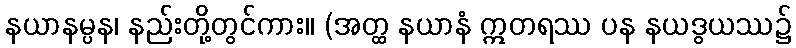
နယာနမ္ပန၊ နည်းတို့တွင်ကား။ (အတ္ထ နယာနံ ဣတရဿ ပန နယဒွယဿ၌